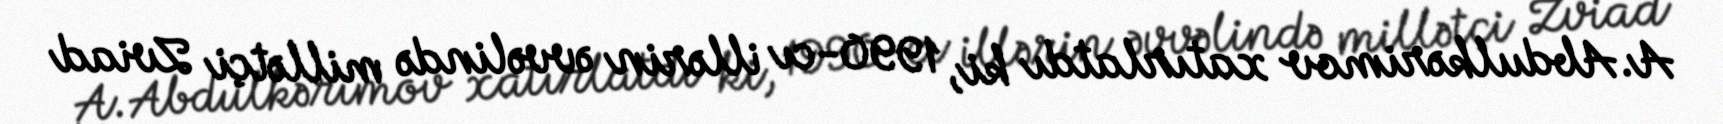
A.Abdulkərimov xatırlatdı ki, 1990-cı illərin əvvəlində millətçi Zviad